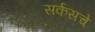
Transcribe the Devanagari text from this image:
सर्कसचे